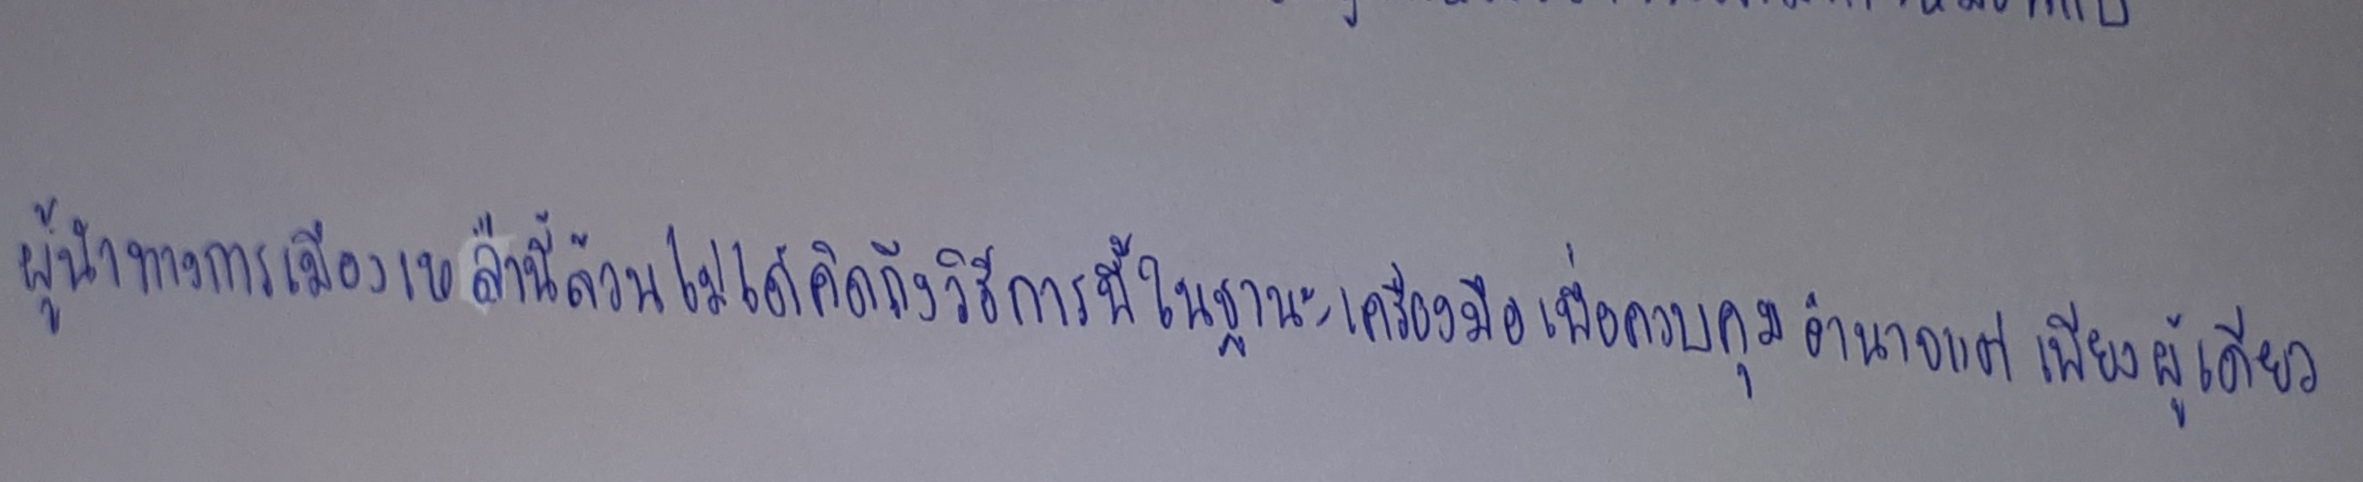
ผู้นำทางการเมืองเหล่านี้ล้วนไม่ได้คิดถึงวิธีการนี้ในฐานะเครื่องมือเพื่อควบคุมอำนาจแต่เพียงอย่างเดียว